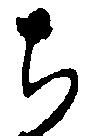
ち